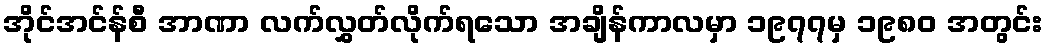
အိုင်အင်န်စီ အာဏာ လက်လွှတ်လိုက်ရသော အချိန်ကာလမှာ ၁၉၇၇မှ ၁၉၈၀ အတွင်း